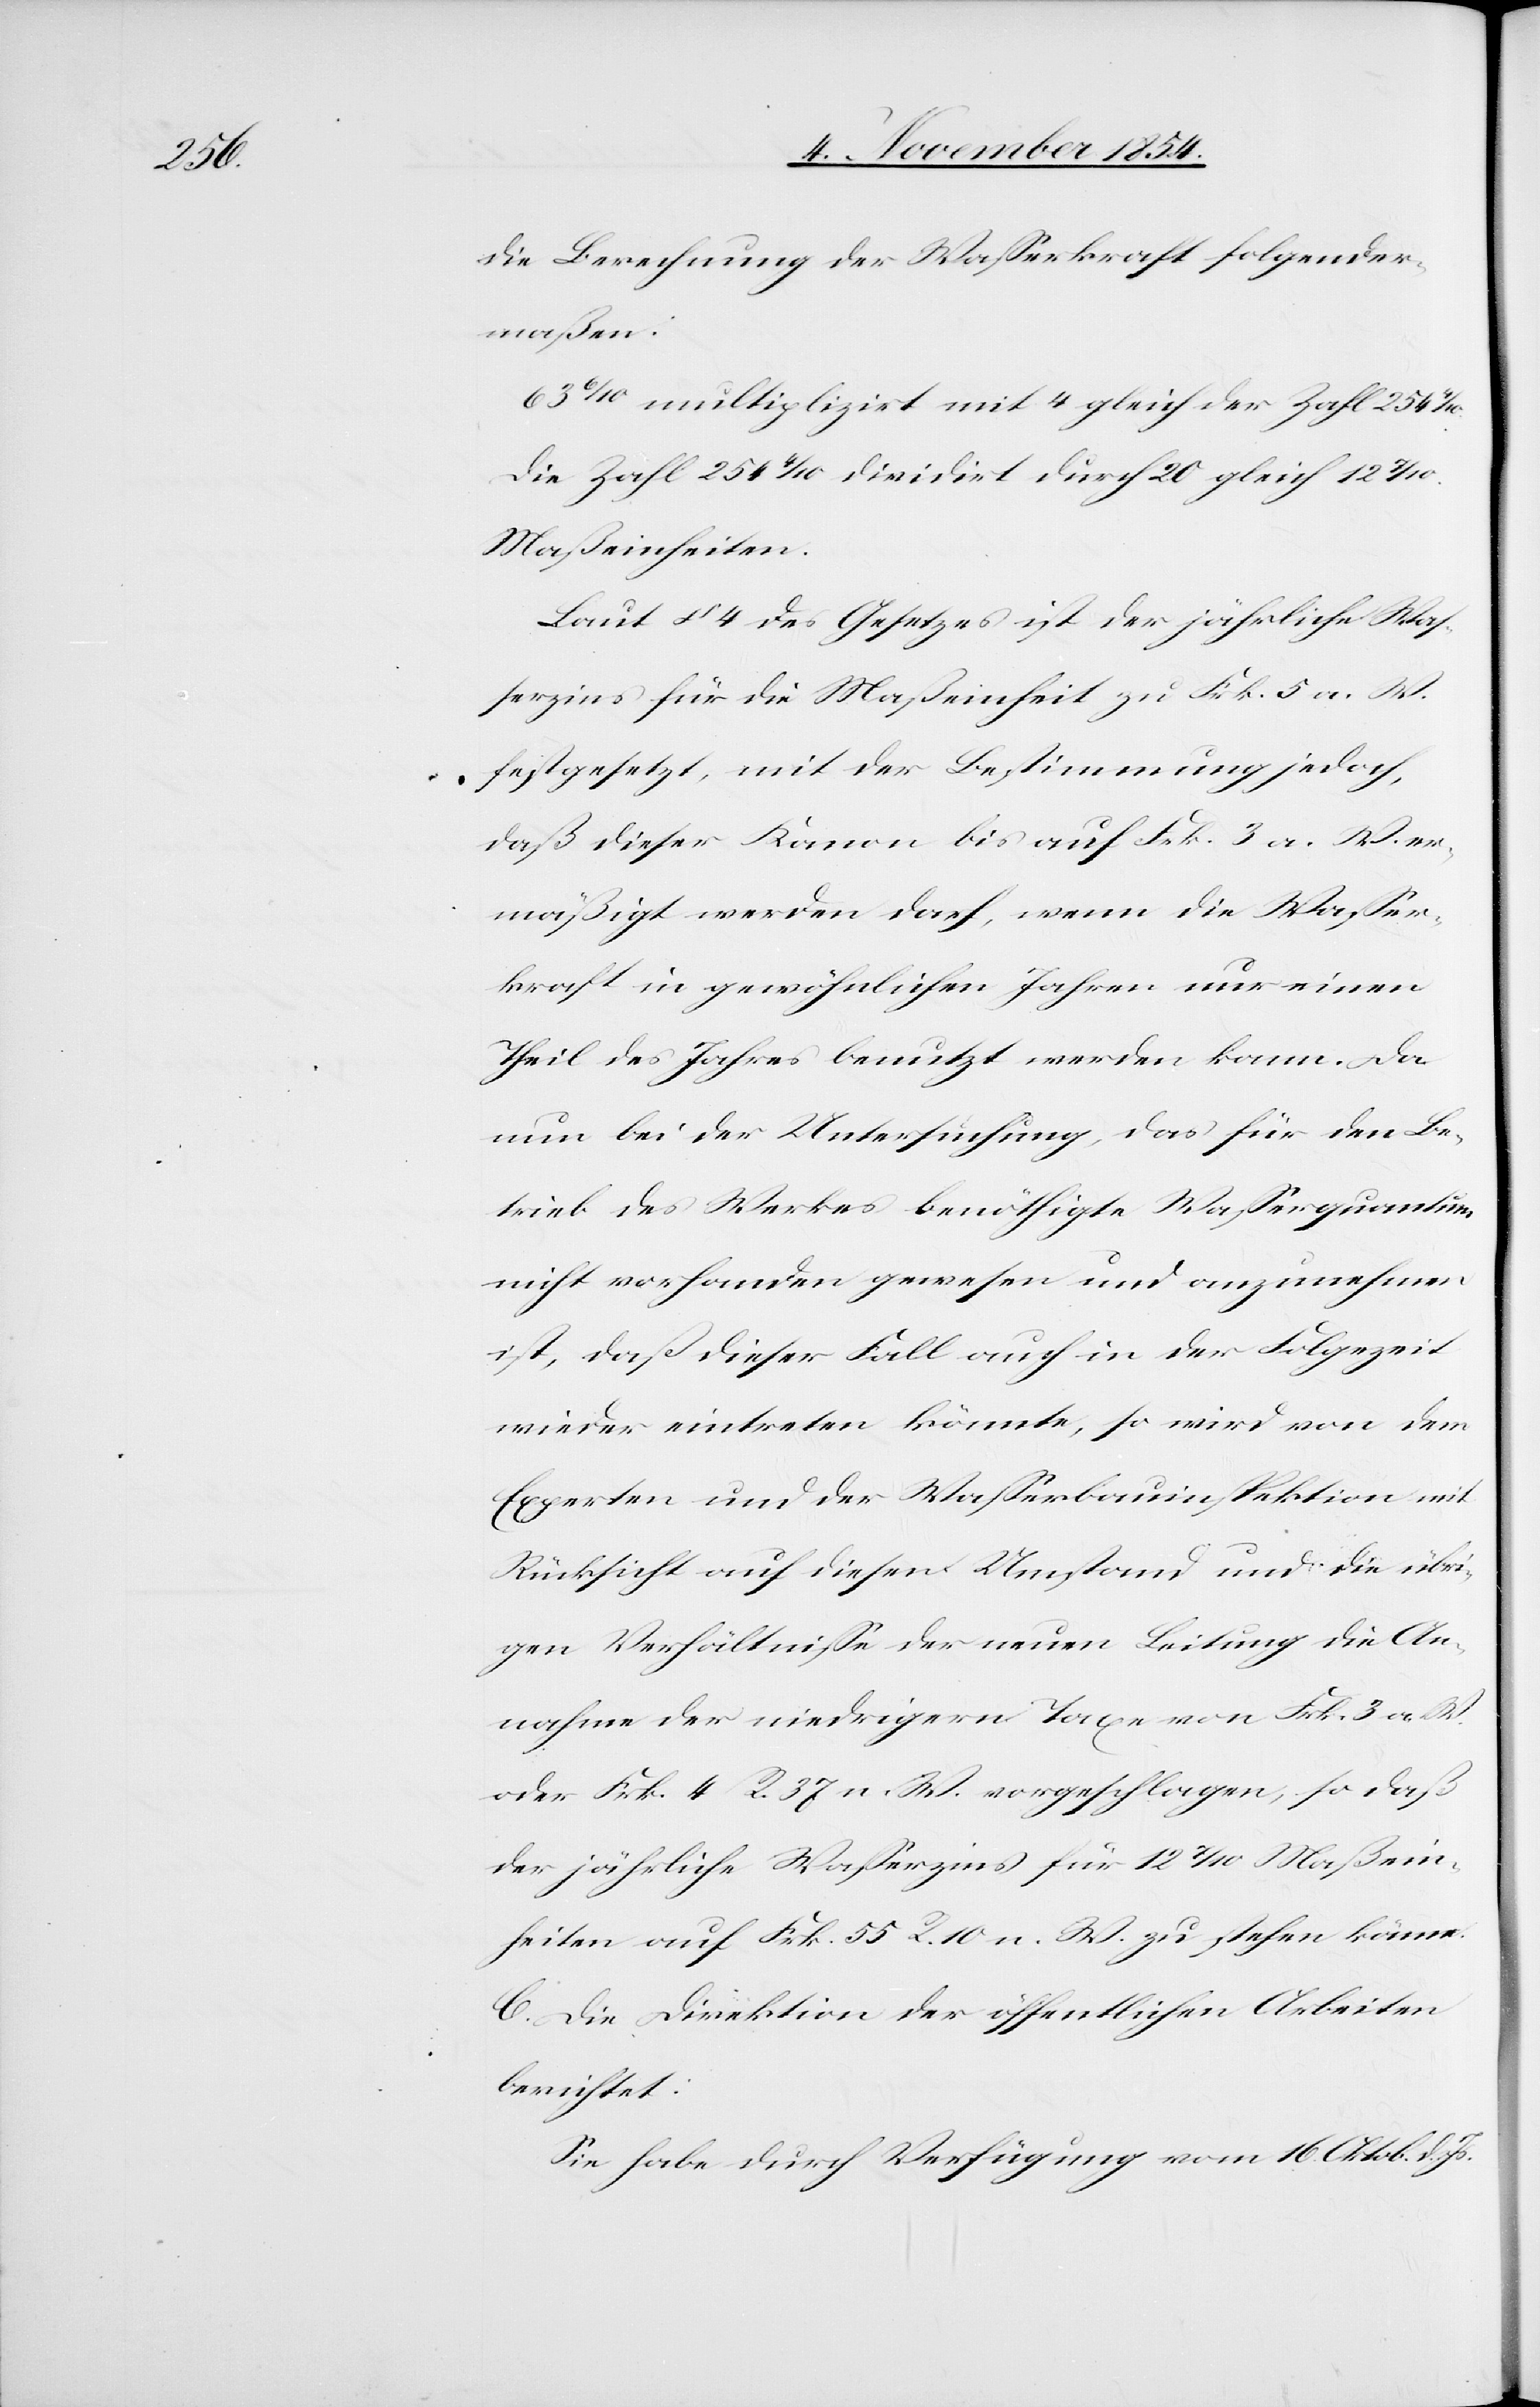
die Berechnung der Waßerkraft folgender¬
maßen:
63 6/10 multiplizirt mit 4 gleich der Zahl 254
Die Zahl 254 4/10 dividirt durch 20 gleich 12
Maßeinheiten.
Laut § 4 des Gesetzes ist der jährliche Waß¬
erzins für die Maßeinheit zu Frk. 5 a. W.
festgesetzt, mit der Bestimmung jedoch,
daß dieser Kanon bis auf Frk. 3 a. W. er¬
mäßigt werden darf, wenn die Waßer¬
kraft in gewöhnlichen Jahren nur einen
Theil des Jahres benutzt werden kann. Da
nun bei der Untersuchung, das für den Be¬
treib des Werkes benöthigte Waßerquantum
nicht vorhanden gewesen und anzunehmen
ist, daß dieser Fall auch in der Folgezeit
wieder eintreten könnte, so wird von dem
Experten und der Waßerbauinspektion mit
Rücksicht auf diesen Umstand und die übri¬
gen Verhältniße der neuen Leitung die An¬
nahme der niedrigern Taxe von Frk. 3. a. W.
oder Frk. 4 R. 37 n. W. vorgeschlagen, so daß
der jährliche Waßerzins für 12 7/10 Maßein¬
heiten auf Frk. 55 R. 10 n. W. zu stehen käme.
C. Die Direktion der öffentlichen Arbeiten
berichtet:
Sie habe durch Verfügung vom 16. Oktober d. Js.